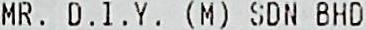
MR. D.I.Y. (M) SDN BHD